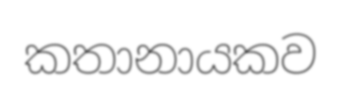
කතානායකව